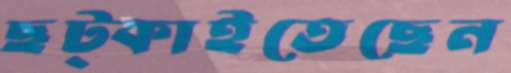
ছট্‌কাইতেছেন